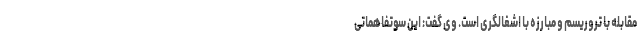
مقابله با تروریسم و مبارزه با اشغالگری است. وی گفت: این سوتفاهماتی